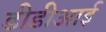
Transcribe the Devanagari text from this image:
डीडीआई